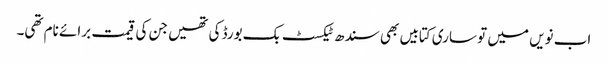
اب نویں میں تو ساری کتابیں بھی سندھ ٹیکسٹ بک بورڈ کی تھیں جن کی قیمت برائے نام تھی۔